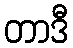
တာဒီ